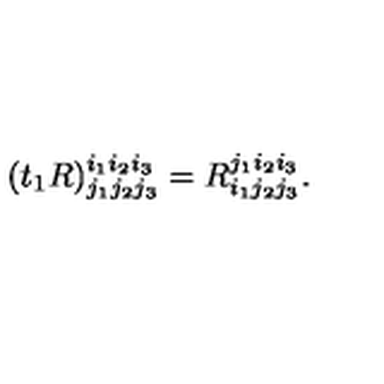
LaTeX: ( t _ { 1 } R ) _ { j _ { 1 } j _ { 2 } j _ { 3 } } ^ { i _ { 1 } i _ { 2 } i _ { 3 } } = R _ { i _ { 1 } j _ { 2 } j _ { 3 } } ^ { j _ { 1 } i _ { 2 } i _ { 3 } } .